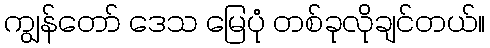
ကျွန်တော် ဒေသ မြေပုံ တစ်ခုလိုချင်တယ်။